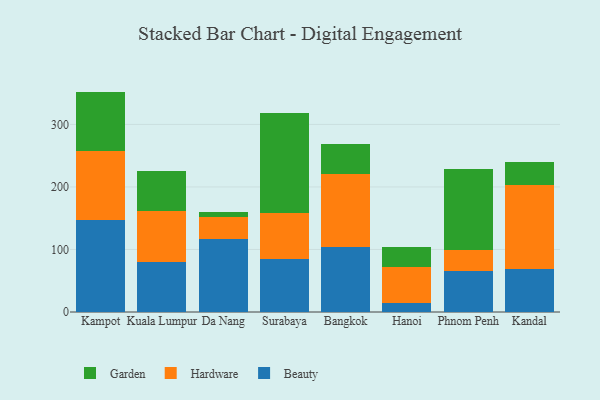
{"axis": {"x": "City", "y": "Temperature (°C)"}, "legend": ["Beauty", "Garden", "Hardware"], "data": [{"x": "Kampot", "y": 147.5, "type": "Beauty"}, {"x": "Kampot", "y": 110.3, "type": "Hardware"}, {"x": "Kampot", "y": 94.7, "type": "Garden"}, {"x": "Kuala Lumpur", "y": 80.7, "type": "Beauty"}, {"x": "Kuala Lumpur", "y": 80.1, "type": "Hardware"}, {"x": "Kuala Lumpur", "y": 64.4, "type": "Garden"}, {"x": "Da Nang", "y": 116.6, "type": "Beauty"}, {"x": "Da Nang", "y": 34.7, "type": "Hardware"}, {"x": "Da Nang", "y": 9.2, "type": "Garden"}, {"x": "Surabaya", "y": 85.0, "type": "Beauty"}, {"x": "Surabaya", "y": 73.4, "type": "Hardware"}, {"x": "Surabaya", "y": 160.6, "type": "Garden"}, {"x": "Bangkok", "y": 103.6, "type": "Beauty"}, {"x": "Bangkok", "y": 116.8, "type": "Hardware"}, {"x": "Bangkok", "y": 49.1, "type": "Garden"}, {"x": "Hanoi", "y": 14.4, "type": "Beauty"}, {"x": "Hanoi", "y": 56.9, "type": "Hardware"}, {"x": "Hanoi", "y": 32.8, "type": "Garden"}, {"x": "Phnom Penh", "y": 66.1, "type": "Beauty"}, {"x": "Phnom Penh", "y": 32.8, "type": "Hardware"}, {"x": "Phnom Penh", "y": 130.3, "type": "Garden"}, {"x": "Kandal", "y": 68.7, "type": "Beauty"}, {"x": "Kandal", "y": 133.9, "type": "Hardware"}, {"x": "Kandal", "y": 38.0, "type": "Garden"}]}